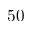
5 0